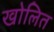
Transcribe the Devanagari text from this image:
खोलित